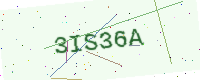
Text: 3IS36A